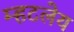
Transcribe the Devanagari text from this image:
म्हटलेय